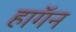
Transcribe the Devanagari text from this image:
हाॅगन